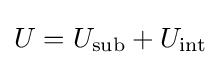
U=U_{\text{sub}}+U_{\text{int}}